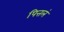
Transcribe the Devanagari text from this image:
पित्तलं